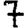
Digit: 7